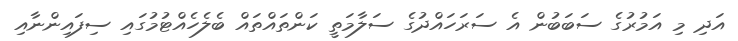
އަދި މި އަމުރުގެ ސަބަބުން އެ ސަރަހައްދުގެ ސަލާމަތީ ކަންތައްތައް ބެލެހެއްޓުމުގައި ސިފައިންނާއި